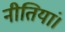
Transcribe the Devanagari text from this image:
नीतियां।